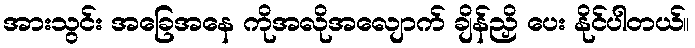
အားသွင်း အခြေအနေ ကိုအလိုအလျောက် ချိန်ညှိ ပေး နိုင်ပါတယ်။